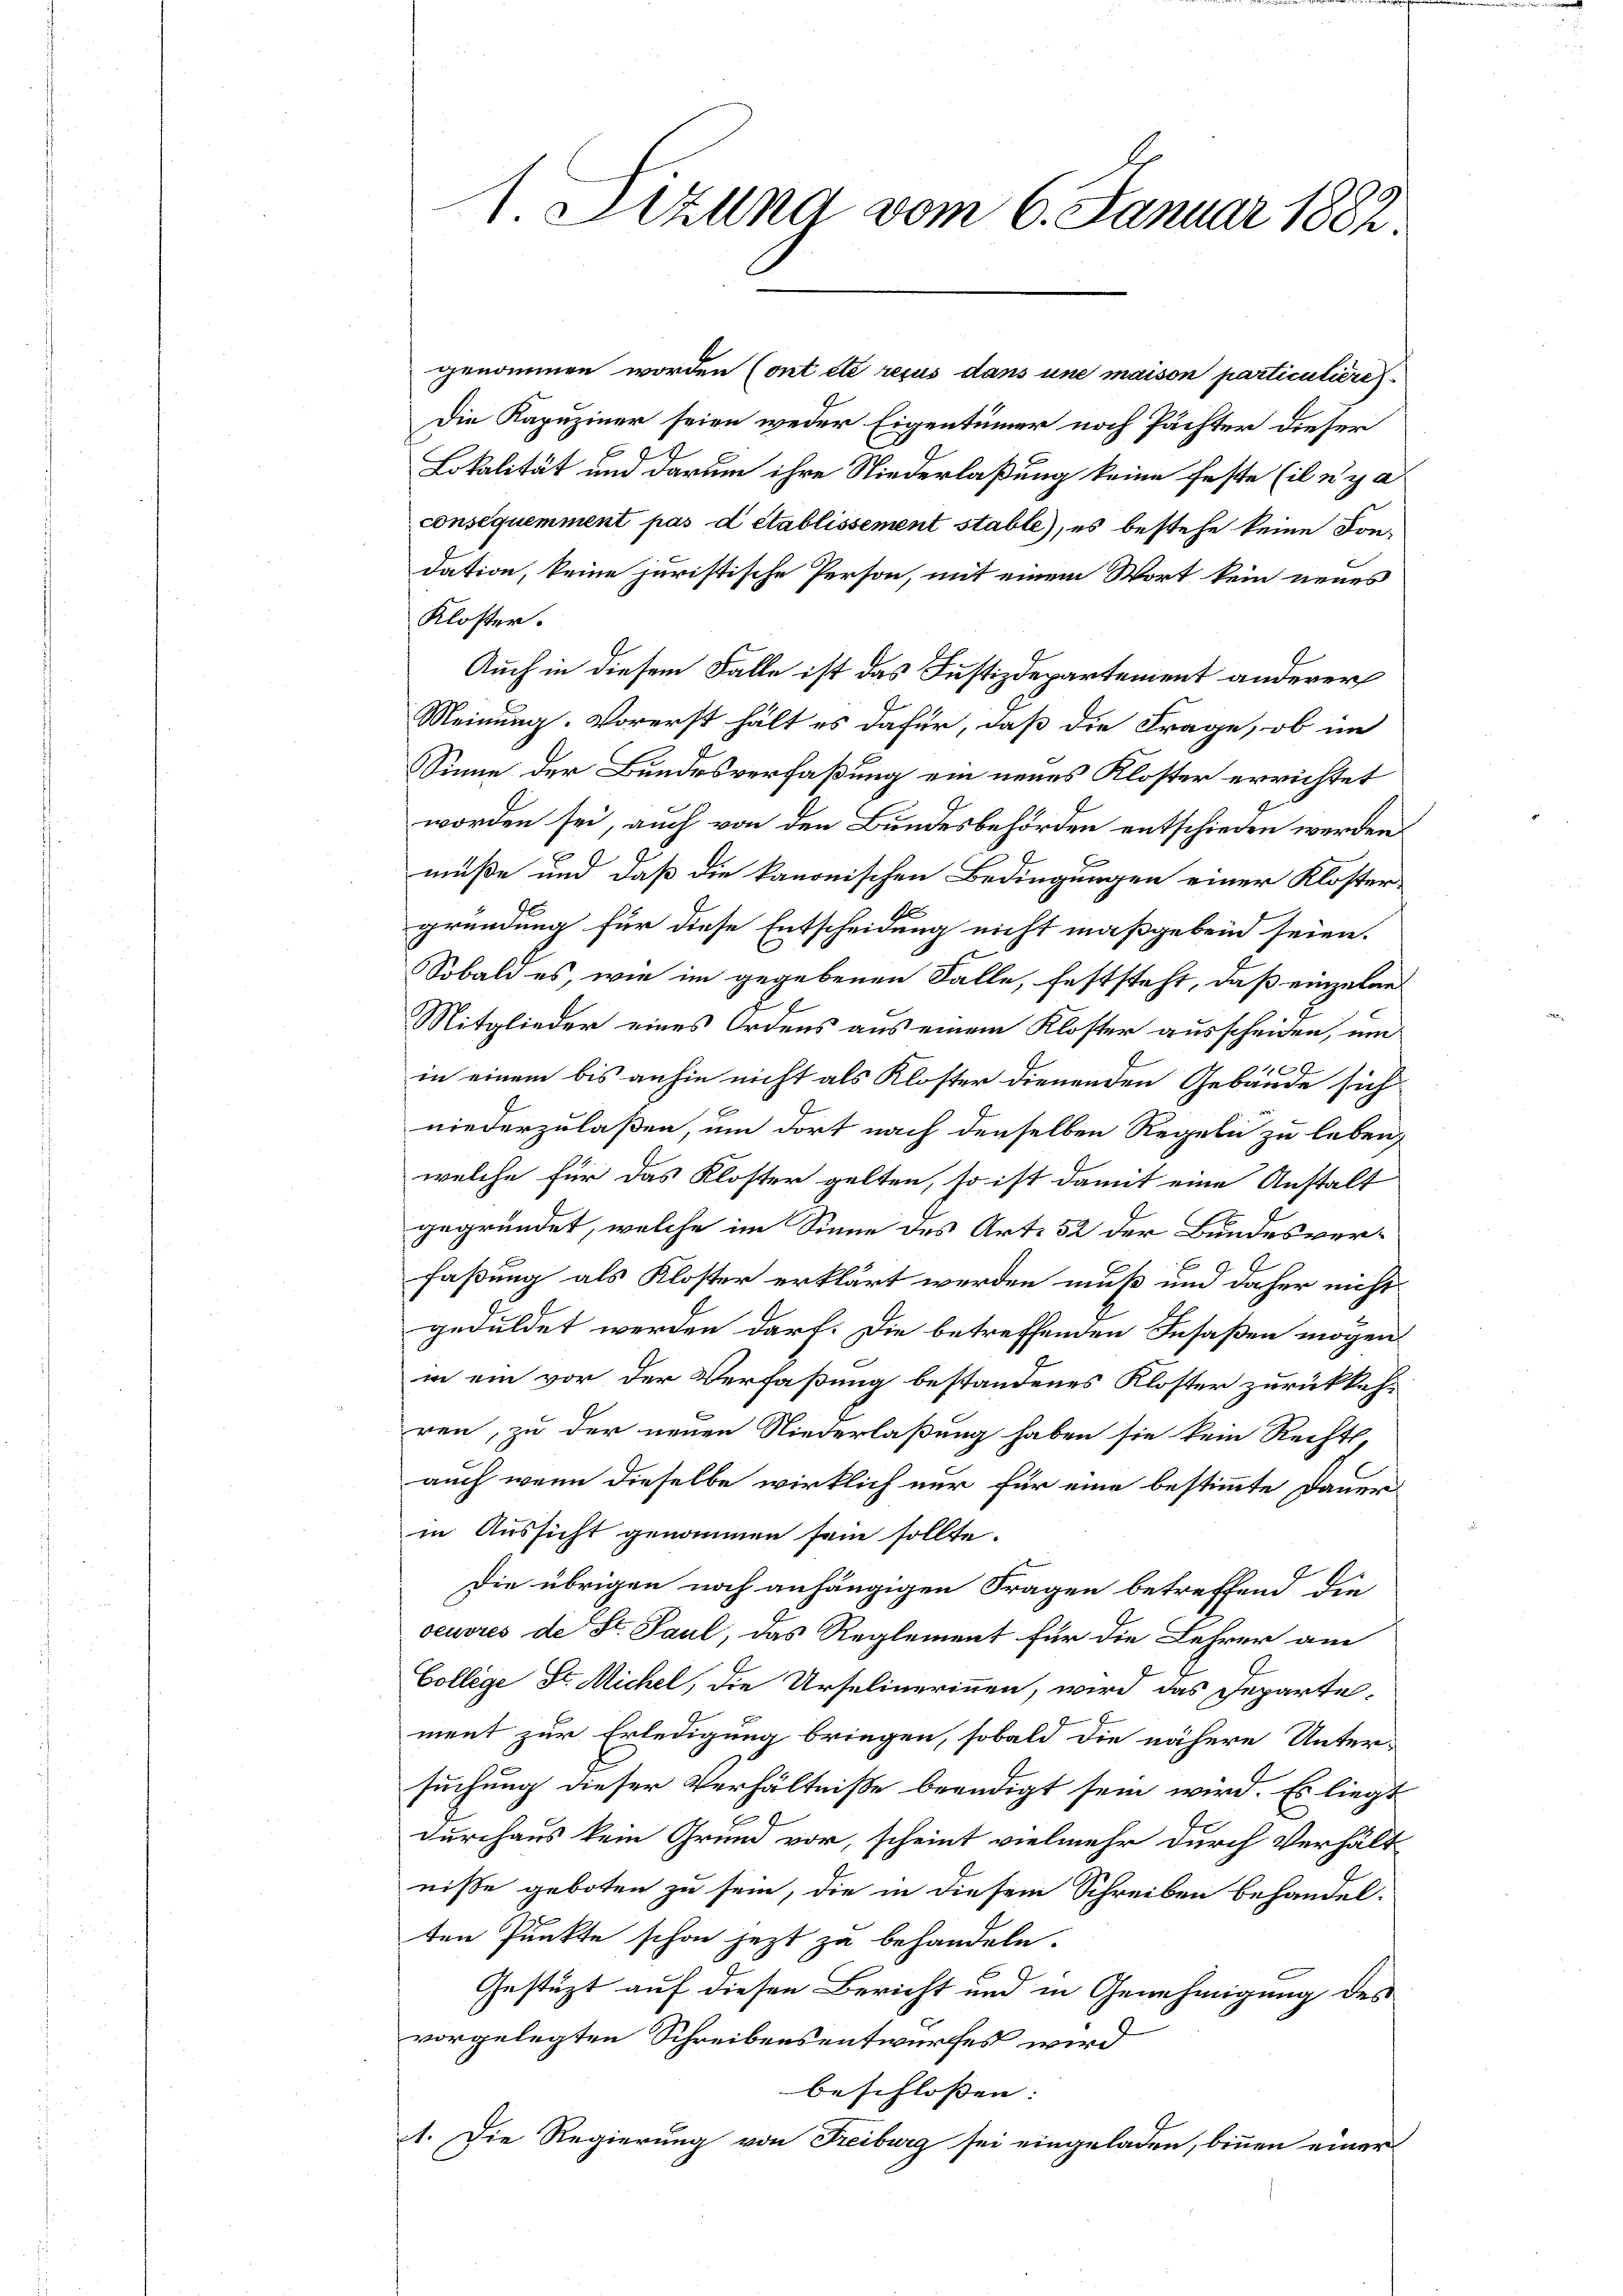
1 Pizuna vom 6. Januar 1882.

genommen worden Cont été recus dans une maison particuliere
Die Kapuziner seien weder Eigentümer noch Pächter dieser
t
Lokalität um darum ihre Niederlaßung keine feste (il n’y a
consequemment pas d établissement stable), es bestehe keine Kondation, keine juristische Person, mit einem Wort kein neues
Kloster.
Auch in diesem Falle ist das Justizdepartement anderer
Meinung. Vorerst hält es dafür, daß die Frage, ob im
Sinne der Bundesverfaßung ein neues Kloster errichtet
worden sei, auch von den Bundesbehörden entschieden werden
müße und daß die kanonischen Bedingungen einer Klöster-
gründung für diese Entscheidung nicht maßgebend seien.
Sobald es, wie im gegebenen Falle, feststeht, daß einzelen
Mitglieder eines Ordens aus einem Kloster ausscheiden, um
10
8
in einem bis anhin nicht als Kloster dienenden Gebäude sich
niederzulaßen, um dort nach denselben Regeln zu leben,
welche für das Kloster gelten, so ist damit eine Anstalt
gegründet, welche im Sinne des Art. 52 der Bundesverfaßung als Kloster erklärt werden muß und daher nicht
geduldet werden darf. Die betreffenden Insaßen mögen
in ein vor der Verfaßung bestandenes Kloster zurückkehren, zu der neuen Niederlaßung haben sie kein Recht,
auch wenn dieselbe wirklich nur für eine bestimmte Dauer
in Aussicht genommen sein sollte.
Die übrigen noch anhängigen Fragen betreffend die
oeuvres de St. Paul, das Reglement für die Lehrer am
College Sr. Michel, die Ursulinerinnen, wird das Departement zur Erledigung bringen, sobald die nähere Unter-
suchung dieser Verhältniße beendigt sein wird. Es liegt
durchaus kein Grund vor, scheint vielmehr durch Verhält
nisse geboten zu sein, die in diesem Schreiben behandelten Punkte schon jetzt zu behandeln.
Gestützt auf diesen Bericht und in Genehmigung des
vorgelegten Schreibensentwurfes wird
beschloßen:
1. Die Regierung von Freiburg sei eingeladen, binnen einer